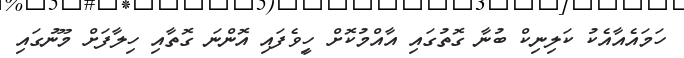
ހަމައެއާއެކު ކަލިނިކް ބުނާ ގޮތުގައި އާއްމުކޮށް ހިީވެފައި އޮންނަ ގޮތާއި ހިލާފަށް މޫނުގައި